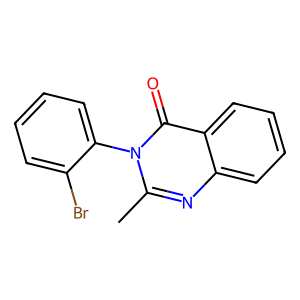
SMILES: Cc1nc2ccccc2c(=O)n1-c1ccccc1Br
Inhibits HIV replication: No